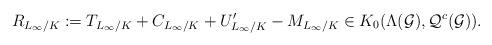
LaTeX: \begin{align*}R_{L_{\infty}/K} := T_{L_{\infty}/K} + C_{L_{\infty}/K} + U'_{L_{\infty}/K}-M_{L_{\infty}/K} \in K_0(\Lambda(\mathcal{G}), \mathcal{Q}^c(\mathcal{G})).\end{align*}